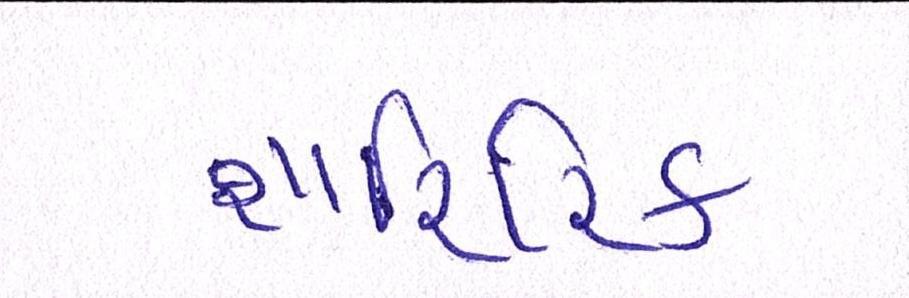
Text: શારિરિક